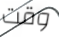
وقت